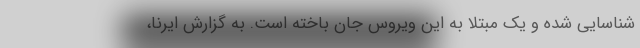
شناسایی شده و یک مبتلا به این ویروس جان باخته است. به گزارش ایرنا،